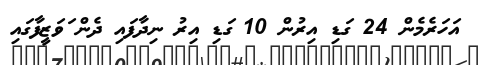
އަހަރެމެން 24 ގަޑި އިރުން 10 ގަޑި އިރު ނިދާފައި ދެން ަަވަޒީފާގައި